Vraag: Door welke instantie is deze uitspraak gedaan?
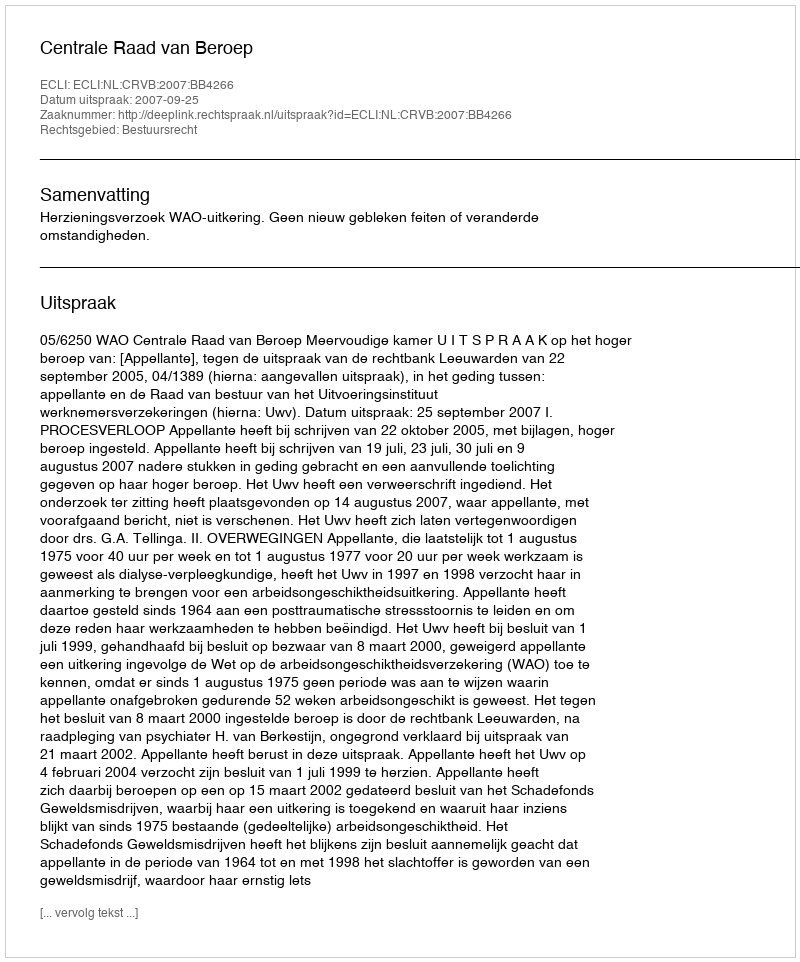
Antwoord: Centrale Raad van Beroep